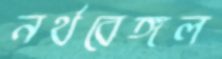
নর্থবেঙ্গল